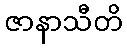
ဇာနာသီတိ